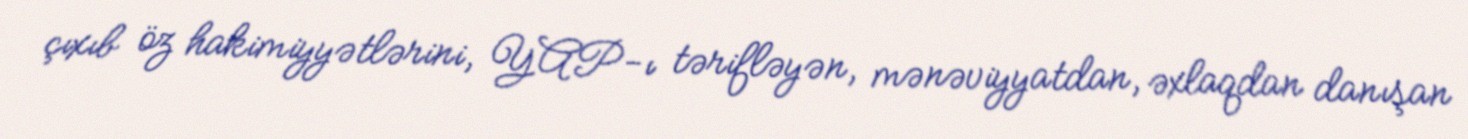
çıxıb öz hakimiyyətlərini, YAP-ı tərifləyən, mənəviyyatdan, əxlaqdan danışan